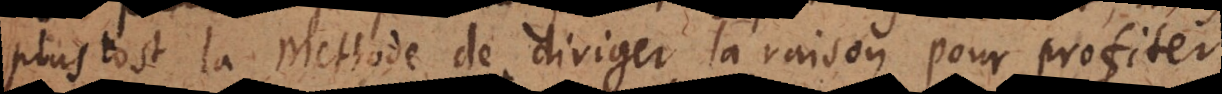
plustost la Methode de diriger la raison pour profiter